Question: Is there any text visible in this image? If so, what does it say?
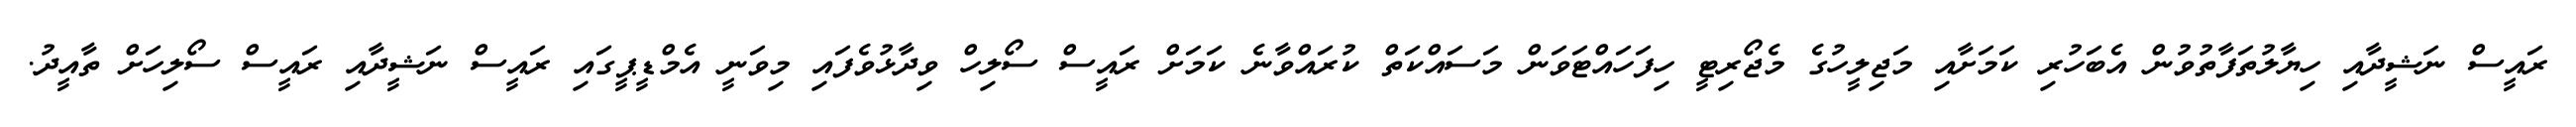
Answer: ރައީސް ނަޝީދާއި ހިޔާލުތަފާތުވުން އެބަހުރި ކަމަށާއި މަޖިލީހުގެ މެޖޯރިޓީ ހިފަހައްޓަވަން މަސައްކަތް ކުރައްވާނެ ކަމަށް ރައީސް ސޯލިހް ވިދާޅުވެފައި މިވަނީ އެމްޑީޕީގައި ރައީސް ނަޝީދާއި ރައީސް ސޯލިހަށް ތާއީދު.